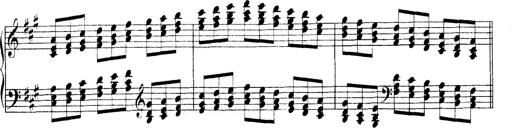
Title: Technische Studien
Composer: Franz Liszt